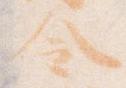
令